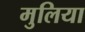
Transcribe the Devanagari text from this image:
मुलिया